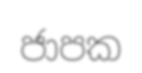
ජාපක